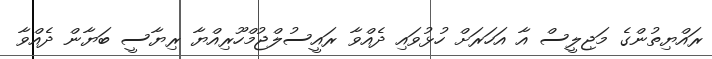
ރައްޔިތުންގެ މަޖިލީސް އާ އަހަރަށް ހުޅުވައި ދެއްވާ ރައީސުލްޖުމްހޫރިއްޔާ ރިޔާސީ ބަޔާން ދެއްވާ